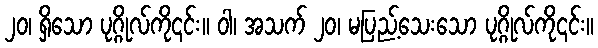
၂၀၊ ရှိသော ပုဂ္ဂိုလ်ကို၎င်း။ ဝါ၊ အသက် ၂၀၊ မပြည့်သေးသော ပုဂ္ဂိုလ်ကို၎င်း။